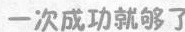
一次成功就够了